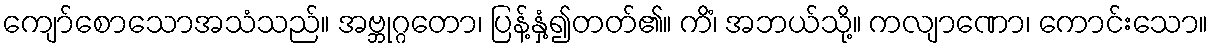
ကျော်စောသောအသံသည်။ အဗ္ဘုဂ္ဂတော၊ ပြန့်နှံ့၍တတ်၏။ ကိံ၊ အဘယ်သို့။ ကလျာဏော၊ ကောင်းသော။